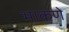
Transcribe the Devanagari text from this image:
भाकणे